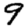
Digit: 9